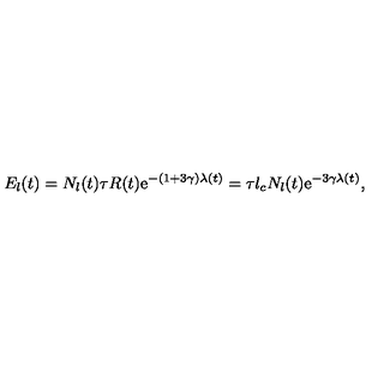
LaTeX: E _ { l } ( t ) = N _ { l } ( t ) \tau R ( t ) \mathrm { e } ^ { - ( 1 + 3 \gamma ) \lambda ( t ) } = \tau l _ { c } N _ { l } ( t ) \mathrm { e } ^ { - 3 \gamma \lambda ( t ) } ,